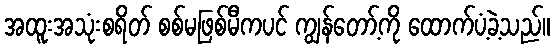
အထူးအသုံးစရိတ် စစ်မဖြစ်မီကပင် ကျွန်တော့်ကို ထောက်ပံ့ခဲ့သည်။